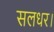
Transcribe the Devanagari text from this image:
सलधर।